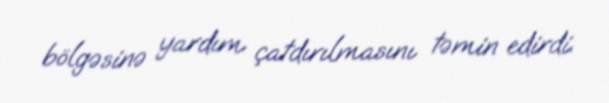
bölgəsinə yardım çatdırılmasını təmin edirdi.